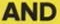
AND